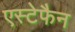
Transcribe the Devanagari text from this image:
एस्टेफैन